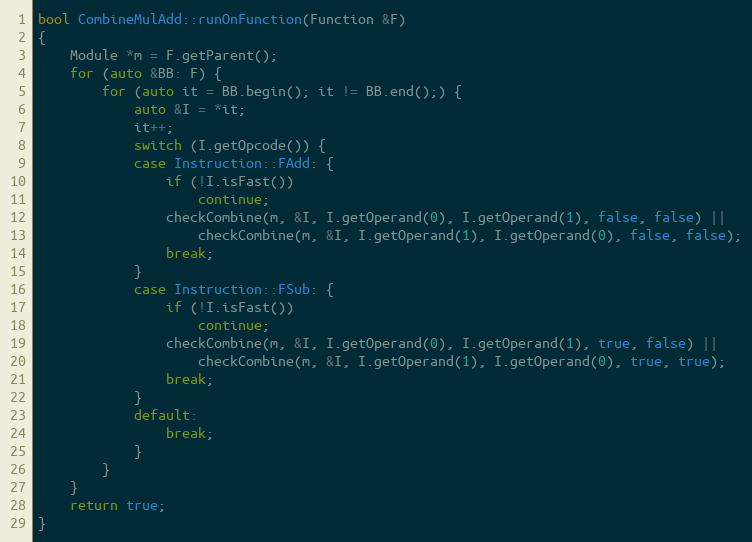
Language: C++
bool CombineMulAdd::runOnFunction(Function &F)
{
    Module *m = F.getParent();
    for (auto &BB: F) {
        for (auto it = BB.begin(); it != BB.end();) {
            auto &I = *it;
            it++;
            switch (I.getOpcode()) {
            case Instruction::FAdd: {
                if (!I.isFast())
                    continue;
                checkCombine(m, &I, I.getOperand(0), I.getOperand(1), false, false) ||
                    checkCombine(m, &I, I.getOperand(1), I.getOperand(0), false, false);
                break;
            }
            case Instruction::FSub: {
                if (!I.isFast())
                    continue;
                checkCombine(m, &I, I.getOperand(0), I.getOperand(1), true, false) ||
                    checkCombine(m, &I, I.getOperand(1), I.getOperand(0), true, true);
                break;
            }
            default:
                break;
            }
        }
    }
    return true;
}